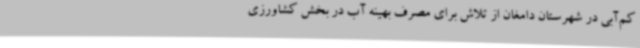
کم‌آبی در شهرستان دامغان از تلاش برای مصرف بهینه آب در بخش کشاورزی